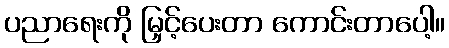
ပညာရေးကို မြှင့်ပေးတာ ကောင်းတာပေါ့။